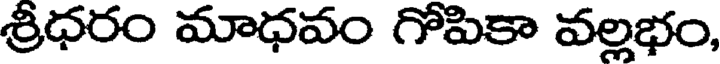
శ్రీధరం మాధవం గోపికా వల్లభం,